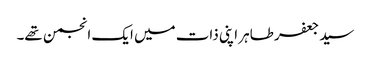
سید جعفر طاہر اپنی ذات میں ایک انجمن تھے۔